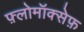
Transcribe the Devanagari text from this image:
फ़्लोमॉक्सेफ़